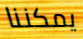
يمكننا